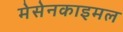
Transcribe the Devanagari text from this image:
मेसेनकाइमल